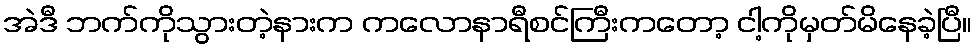
အဲဒီ ဘက်ကိုသွားတဲ့နားက ကလောနာရီစင်ကြီးကတော့ ငါ့ကိုမှတ်မိနေခဲ့ပြီ။